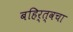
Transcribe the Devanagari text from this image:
बहिर्त्वचा